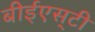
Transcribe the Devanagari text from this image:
बीईएस्‌टी